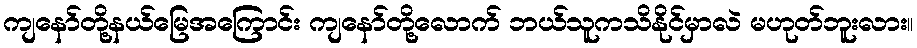
ကျနော်တို့နယ်မြေအကြောင်း ကျနော်တို့လောက် ဘယ်သူကသိနိုင်မှာလဲ မဟုတ်ဘူးလား။